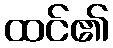
ထင်၏